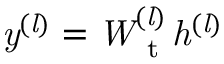
\it y ^ { ( l ) } = W _ { \mathrm { ~ t ~ } } ^ { ( l ) } { h ^ { ( l ) } }